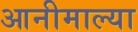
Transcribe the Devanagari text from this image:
आनीमाल्या